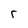
Character: r